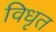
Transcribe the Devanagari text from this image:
विधृत